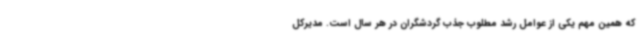
که همین مهم یکی از عوامل رشد مطلوب جذب گردشگران در هر سال است. مدیرکل